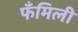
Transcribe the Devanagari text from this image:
फँमिली